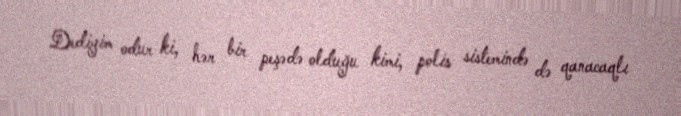
Dediyim odur ki, hər bir peşədə olduğu kimi, polis sistemində də qanacaqlı